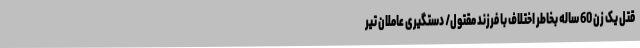
قتل یک زن 60 ساله بخاطر اختلاف با فرزند مقتول/ دستگیری عاملان تیر